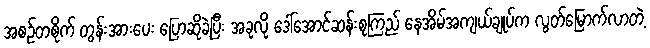
အစဉ်တစိုက် တွန်းအားပေး ပြောဆိုခဲ့ပြီး အခုလို ဒေါ်အောင်ဆန်းစုကြည် နေအိမ်အကျယ်ချုပ်က လွတ်မြောက်လာတဲ့